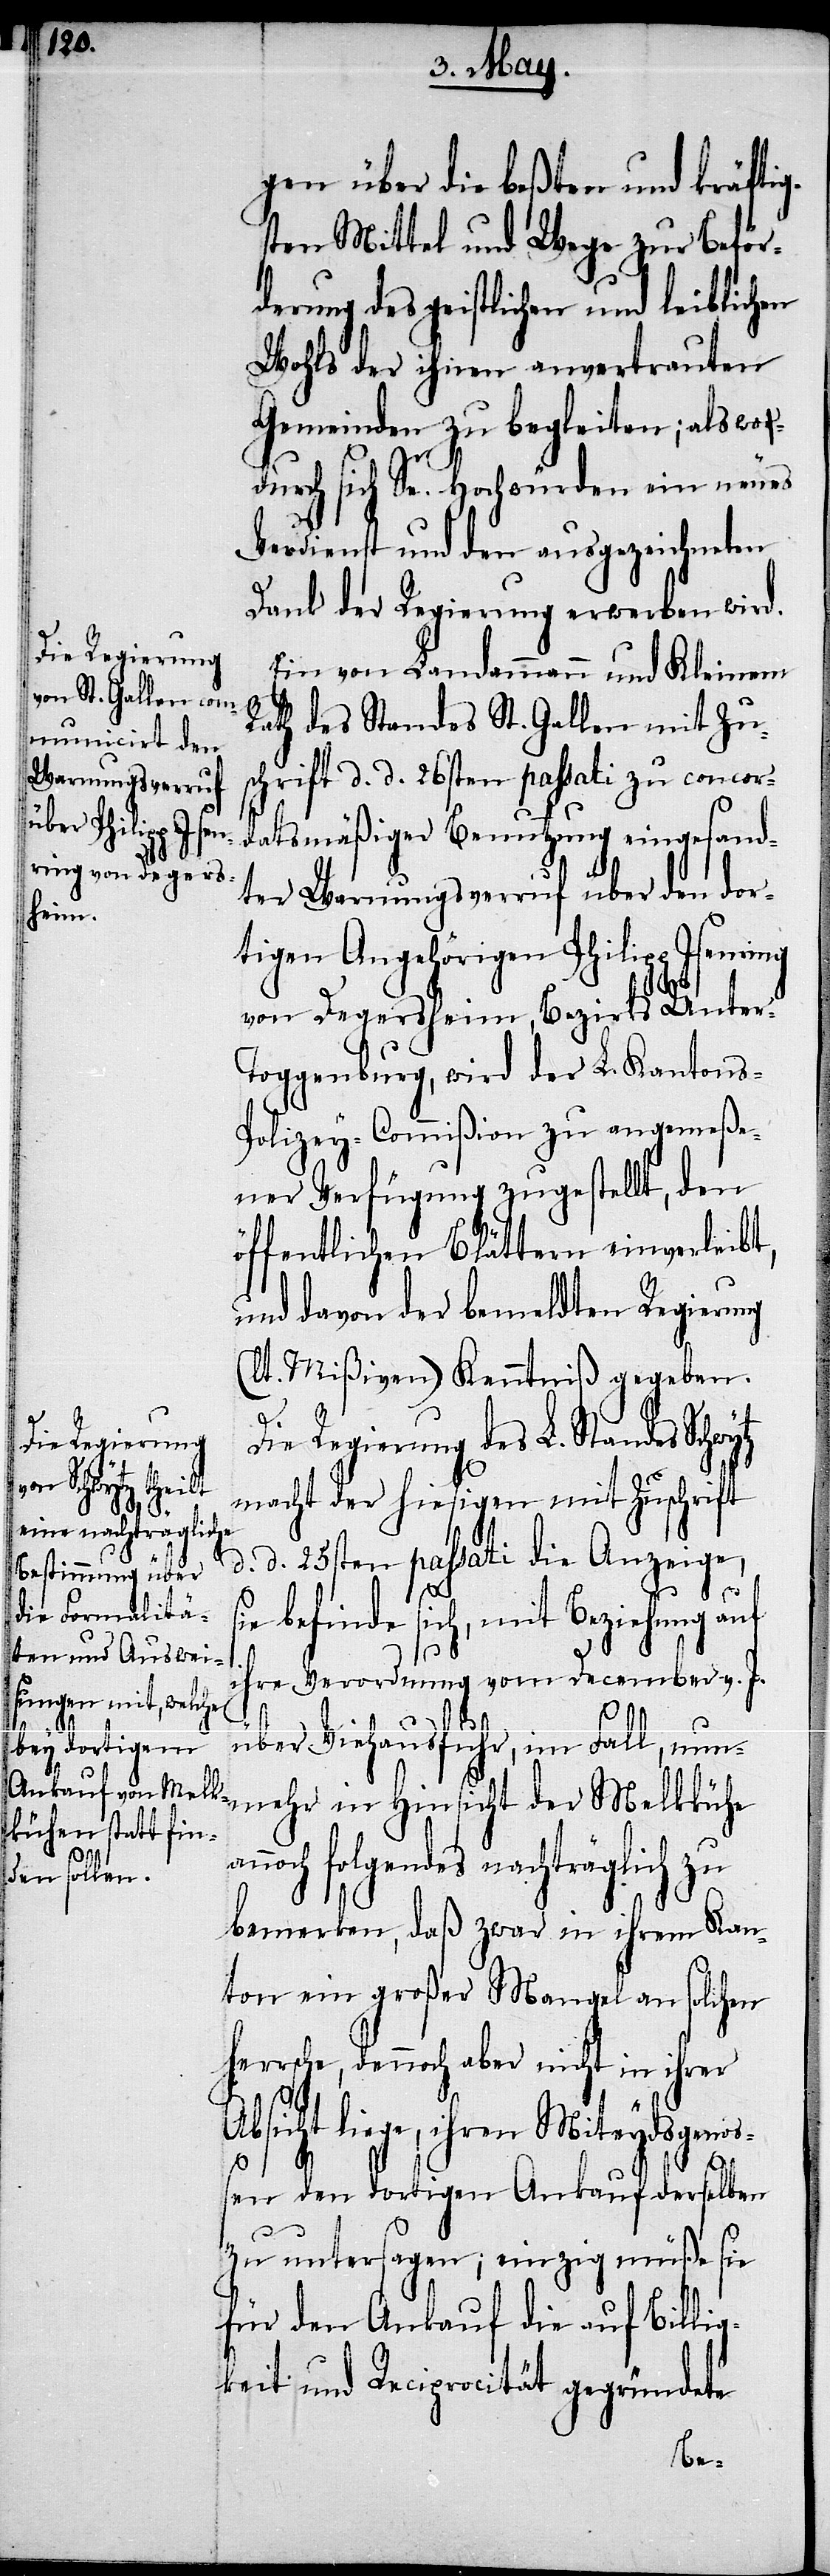
gen über die beßten und kräftig¬
sten Mittel und Wege zur Beför¬
derung des geistlichen und leiblichen
Wohls der ihnen anvertrauten
Gemeinden zu begleiten; als wo¬
durch sich Se. Hochwürden ein neues
Verdienst und den ausgezeichneten
Dank der Regierung erwerben wird.
Ein von Landammann und Kleinem
Rath des Standes St. Gallen mit Zu¬
schrift d. d. 26sten passati zu concor¬
datsmäßiger Benutzung eingesand¬
ter Warnungsverruf über den dor¬
tigen Angehörigen Philipp Isen¬
von Degersheim, Bezirks Unter-T¬
oggenburg, wird der L. Kantons-P¬
olizey-Comißion zu angemeße¬
ner Verfügung zugestellt, den
öffentlichen Blättern einverleibt,
und davon der bemeldten Regierung
(lt. Mißiven) Kenntniß gegeben.
ring
Die Regierung des L. Standes Schwytz
in Hinsicht der
macht der hiesigen mit Zuschrift
d. d. 25sten passati die Anzeige,
herrsc¬
e befinde sich, mit Beziehung auf
ihre Verordnung von December v. J.
an¬
über Viehausfuhr, im Fall, nunm¬
noch folgendes nachträglich zu
bemerken, daß zwar in ihrem Kan¬
ton ein großer Mangel an solchen
he, dennoch aber nicht in ihrer
Absicht liege, ihren Miteydgenoß¬
en den dortigen Ankauf derselben
zu untersagen, einzig müße sie
für den Ankauf die auf Billig¬
keit und Reciprocität gegründete